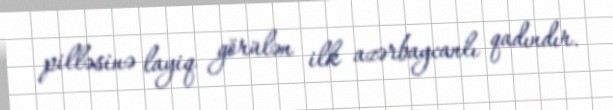
pilləsinə layiq görülən ilk azərbaycanlı qadındır.